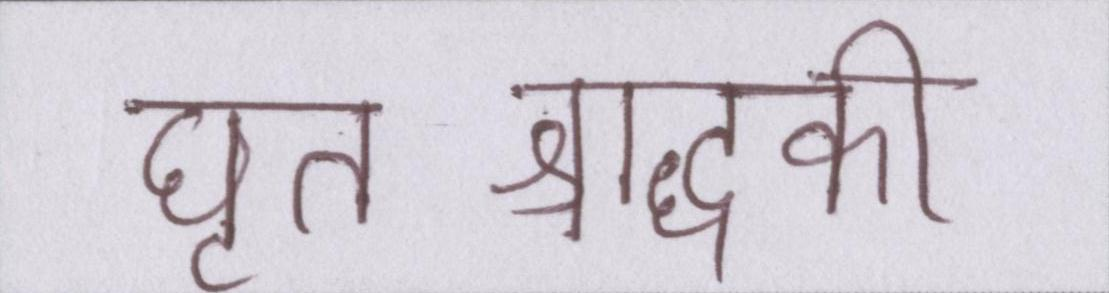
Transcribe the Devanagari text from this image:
घृतश्राद्धकी